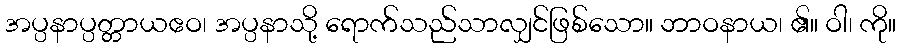
အပ္ပနာပ္ပတ္တာယဧဝ၊ အပ္ပနာသို့ ရောက်သည်သာလျှင်ဖြစ်သော။ ဘာဝနာယ၊ ၏။ ဝါ၊ ကို။